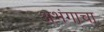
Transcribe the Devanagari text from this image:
अभंगाचा